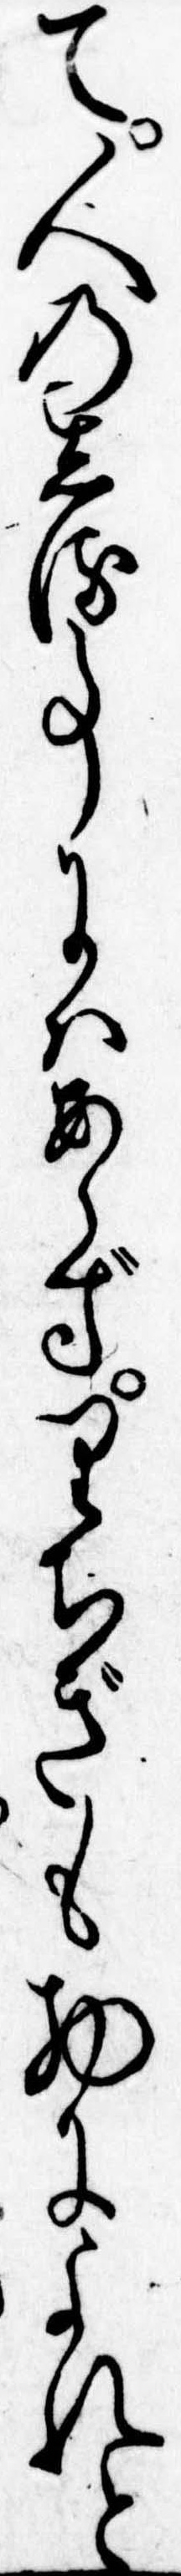
て人のしる事にはあらずりちぎも物によれと